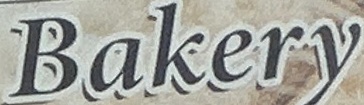
Bakery